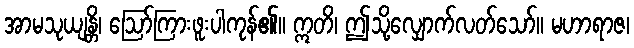
အာမသုယျန္တိ၊ ဩော်ကြားဖူးပါကုန်၏။ ဣတိ၊ ဤသို့လျှောက်လတ်သော်။ မဟာရာဇ၊